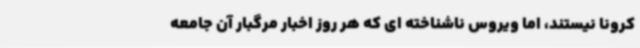
کرونا نیستند، اما ویروس ناشناخته ای که هر روز اخبار مرگبار آن جامعه